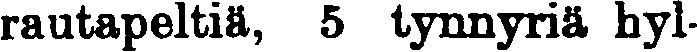
rautapeltiä, 5 tynnyriä hyl-